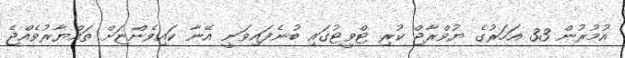
އުމުރުން 33 އަހަރުގެ ޔުވްރާޖް ކުރި ޓްވީޓުގައި ބުނެފައިވަނީ އޭނާ ކައިވެންޏަށް ތައްޔާރުވެއްޖެ